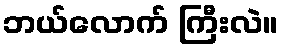
ဘယ်လောက် ကြီးလဲ။